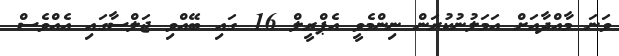
ވަނަ މާއްދާއަށް އަމަލުނުކުރަން ނިންމެވީ އެޕްރީލް 16 ގައި ބޭއްވި ޖަލްސާގައި އެއްވެސް